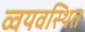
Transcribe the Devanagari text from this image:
व्वयवस्थित